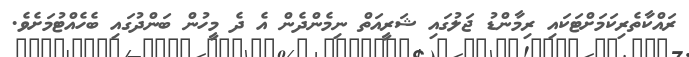
ރައްކާތެރިކަމަށްޓަކައި ރިމާންޑު ޖަލުގައި ޝަރީއަތް ނިމެންދެން އެ ދެ މީހުން ބަންދުގައި ބެހެއްޓުމަށެވެ.